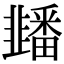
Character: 䪤